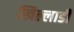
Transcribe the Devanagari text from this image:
खिल्लाडी